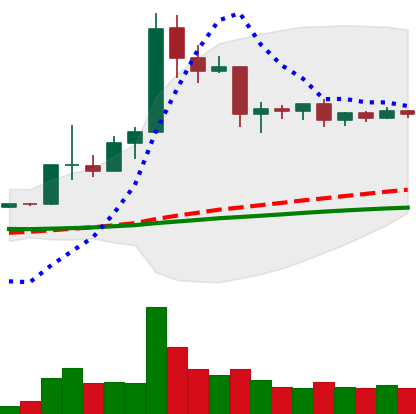
Ticker: ETC-USD
Chart end date: 2019-04-19
Forward return: -10.934%
Label: down_7plus